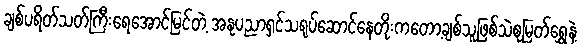
ချစ်ပရိတ်သတ်ကြီးရေအောင်မြင်တဲ့ အနုပညာရှင်သရုပ်ဆောင်နေတိုးကတော့ချစ်သူဖြစ်သဲစုမြတ်ရွှေနဲ့